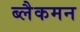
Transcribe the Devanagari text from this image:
ब्लैकमन